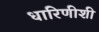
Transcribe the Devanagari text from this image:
धारिणीशी